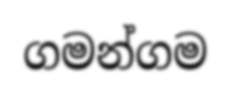
ගමන්ගම